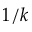
1 / k